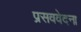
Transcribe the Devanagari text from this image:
प्रसववेदना